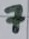
Text: 7